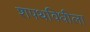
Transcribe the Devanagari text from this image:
शपथविधीला